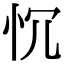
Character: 𢗑